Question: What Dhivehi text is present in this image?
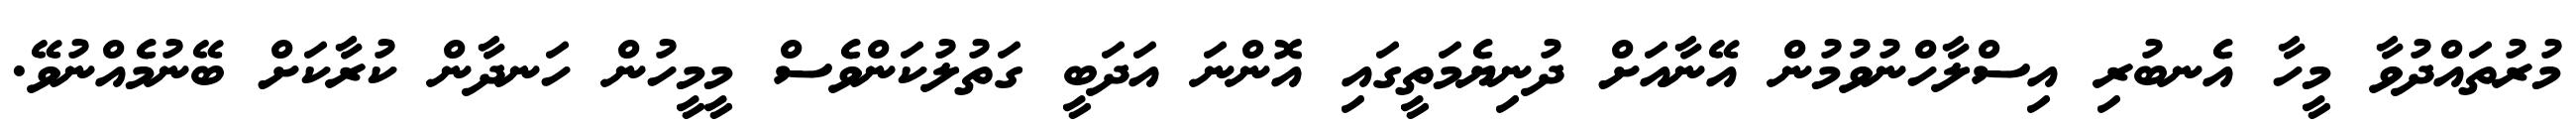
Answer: މުރުތައްދުވާ މީހާ އެނބުރި އިސްލާހްނުވުމުން އޭނާއަށް ދުނިޔެމަތީގައި އޮންނަ އަދަބީ ގަތުލުކަންވެސް މީމީހުން ހަނދާން ކުރާކަށް ބޭނުމެއްނުވޭ.